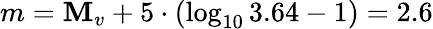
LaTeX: m=\mathbf{M}_{v}+5\cdot(\log_{10}3.64-1)=2.6